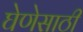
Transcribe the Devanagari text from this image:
घेणेसाठी